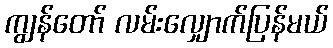
ကျွန်တော် လမ်းလျှောက်ပြန်မယ်